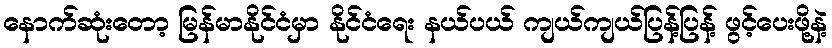
နောက်ဆုံးတော့ မြန်မာနိုင်ငံမှာ နိုင်ငံရေး နယ်ပယ် ကျယ်ကျယ်ပြန့်ပြန့် ဖွင့်ပေးဖို့နဲ့